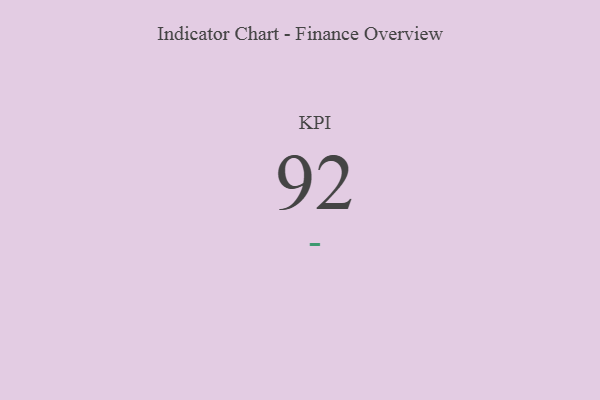
{"axis": {"x": "KPI", "y": "Value"}, "legend": [""], "data": [{"x": "KPI", "y": 92, "type": ""}]}